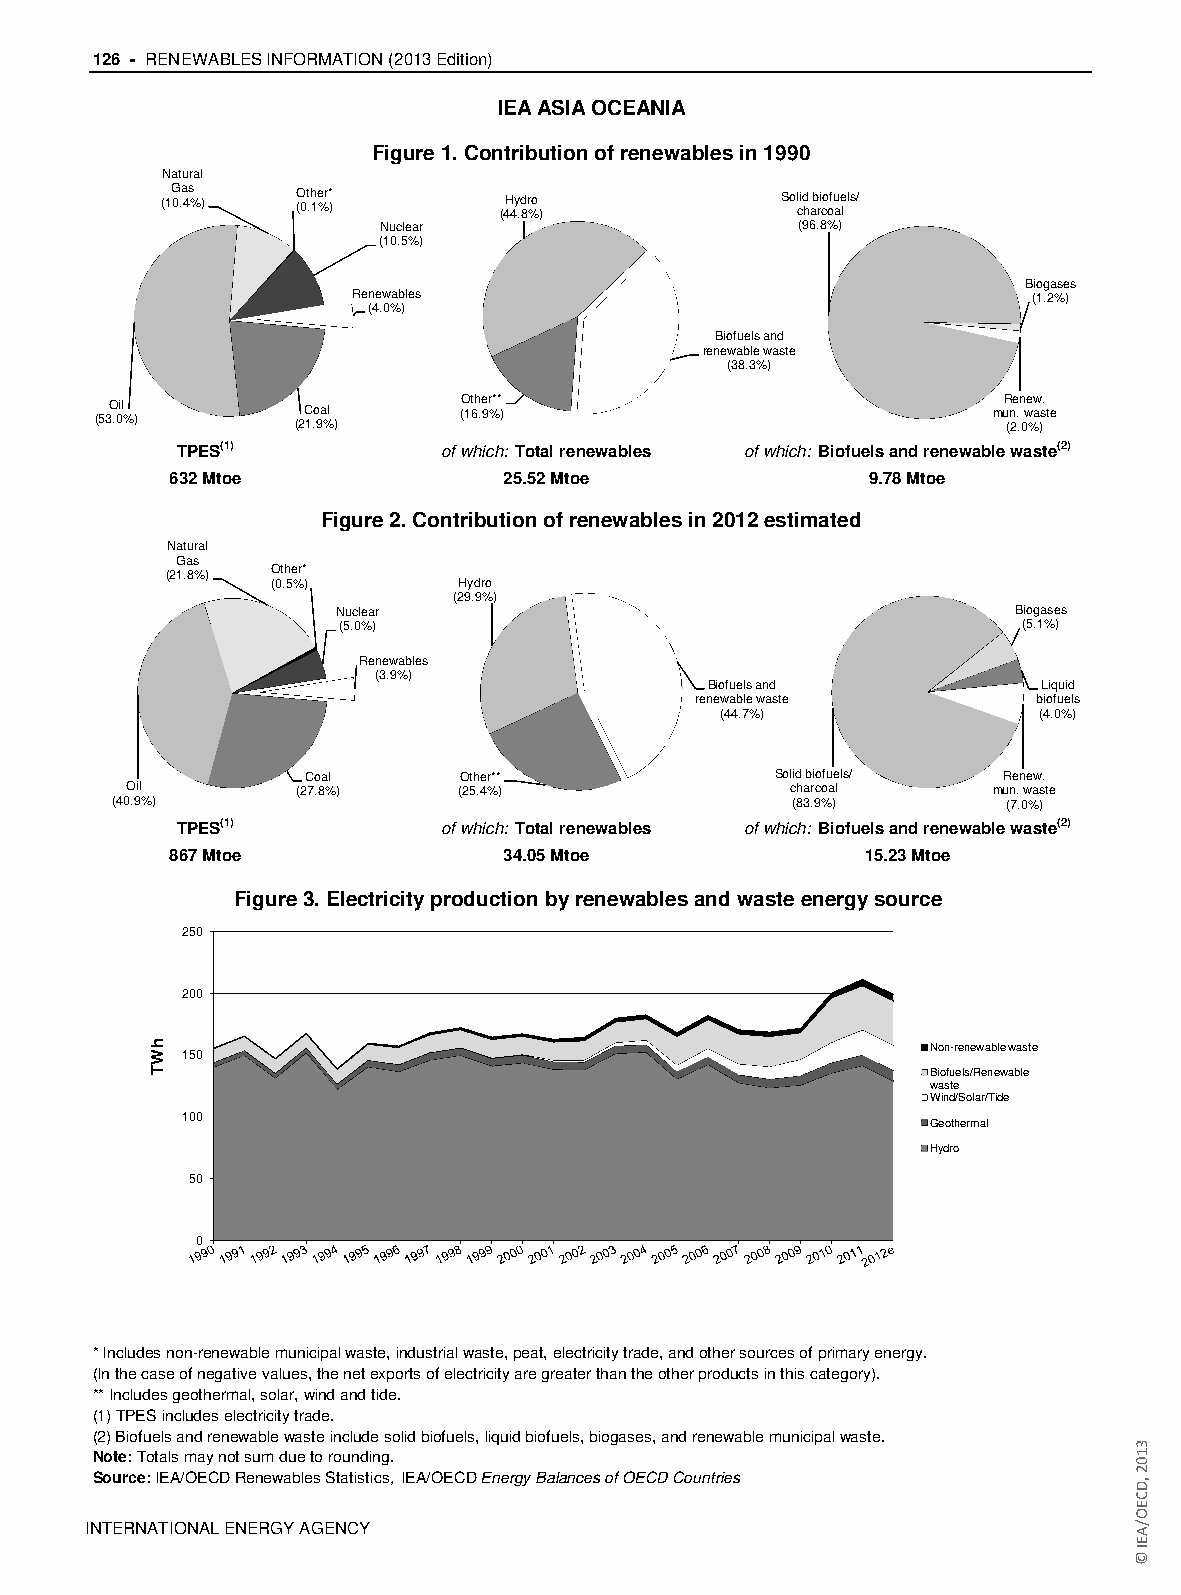
126 - RENEWABLES INFORMATION (2013 Edition)
 IEA ASIA OCEANIA
 Figure 1. Contribution of renewables in 1990
 Natural
 (1G 0.a 4s % ) (O 0t .h 1e %r* ) (4H 4y .d 8r %o ) So clid h ab ri co ofu ae l ls/
 Nuclear                     (96.8%)
 (10.5%)
 Biogases
 Renewables                                   (1.2%)
 (4.0%)
 Biofuels and
 renewable waste
 (38.3%)
 (53O .0il % ) (2C 1o .9a %l ) (O 16th .9e %r** )            muR (n 2e . .n 0we %aw )s. te
 TPES(1)          of which: Total renewables of which: Biofuels and renewable waste(2)
 632 Mtoe              25.52 Mtoe              9.78 Mtoe
 Figure 2. Contribution of renewables in 2012 estimated
 Natural
 Gas
 (21.8%) Other*
 (0.5%)      Hydro
 (29.9%)
 Nuclear                                      Biogases
 (5.0%)                                        (5.1%)
 Renewables
 (3.9%)
 Biofuels and          Liquid
 renewable waste       biofuels
 (44.7%)              (4.0%)
 Coal      Other**              Solid biofuels/ Renew.
 Oil        (27.8%)    (25.4%)               charcoal      mun. waste
 (40.9%)                                      (83.9%)       (7.0%)
 TPES(1)          of which: Total renewables of which: Biofuels and renewable waste(2)
 867 Mtoe              34.05 Mtoe              15.23 Mtoe
 Figure 3. Electricity production by renewables and waste energy source
 250
 200
 Non-renewable waste
 150
 Biofuels/Renewable
 waste
 Wind/Solar/Tide
 100
 Geothermal
 Hydro
 50
 0
 * Includes non-renewable municipal waste, industrial waste, peat, electricity trade, and other sources of primary energy.
 (In the case of negative values, the net exports of electricity are greater than the other products in this category).
 ** Includes geothermal, solar, wind and tide.
 (1) TPES includes electricity trade.
 (2) Biofuels and renewable waste include solid biofuels, liquid biofuels, biogases, and renewable municipal waste.
 Note: Totals may not sum due to rounding.
 Source: IEA/OECD Renewables Statistics, IEA/OECD Energy Balances of OECD Countries
 IINNTTEERRNNAATTIIOONNAALL EENNEERRGGYY AAGGEENNCCYY
 hWT
 3102
 ,DCEO/AEI
 ©